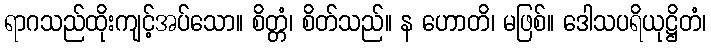
ရာဂသည်ထိုးကျင့်အပ်သော။ စိတ္တံ၊ စိတ်သည်။ န ဟောတိ၊ မဖြစ်။ ဒေါသပရိယုဋ္ဌိတံ၊